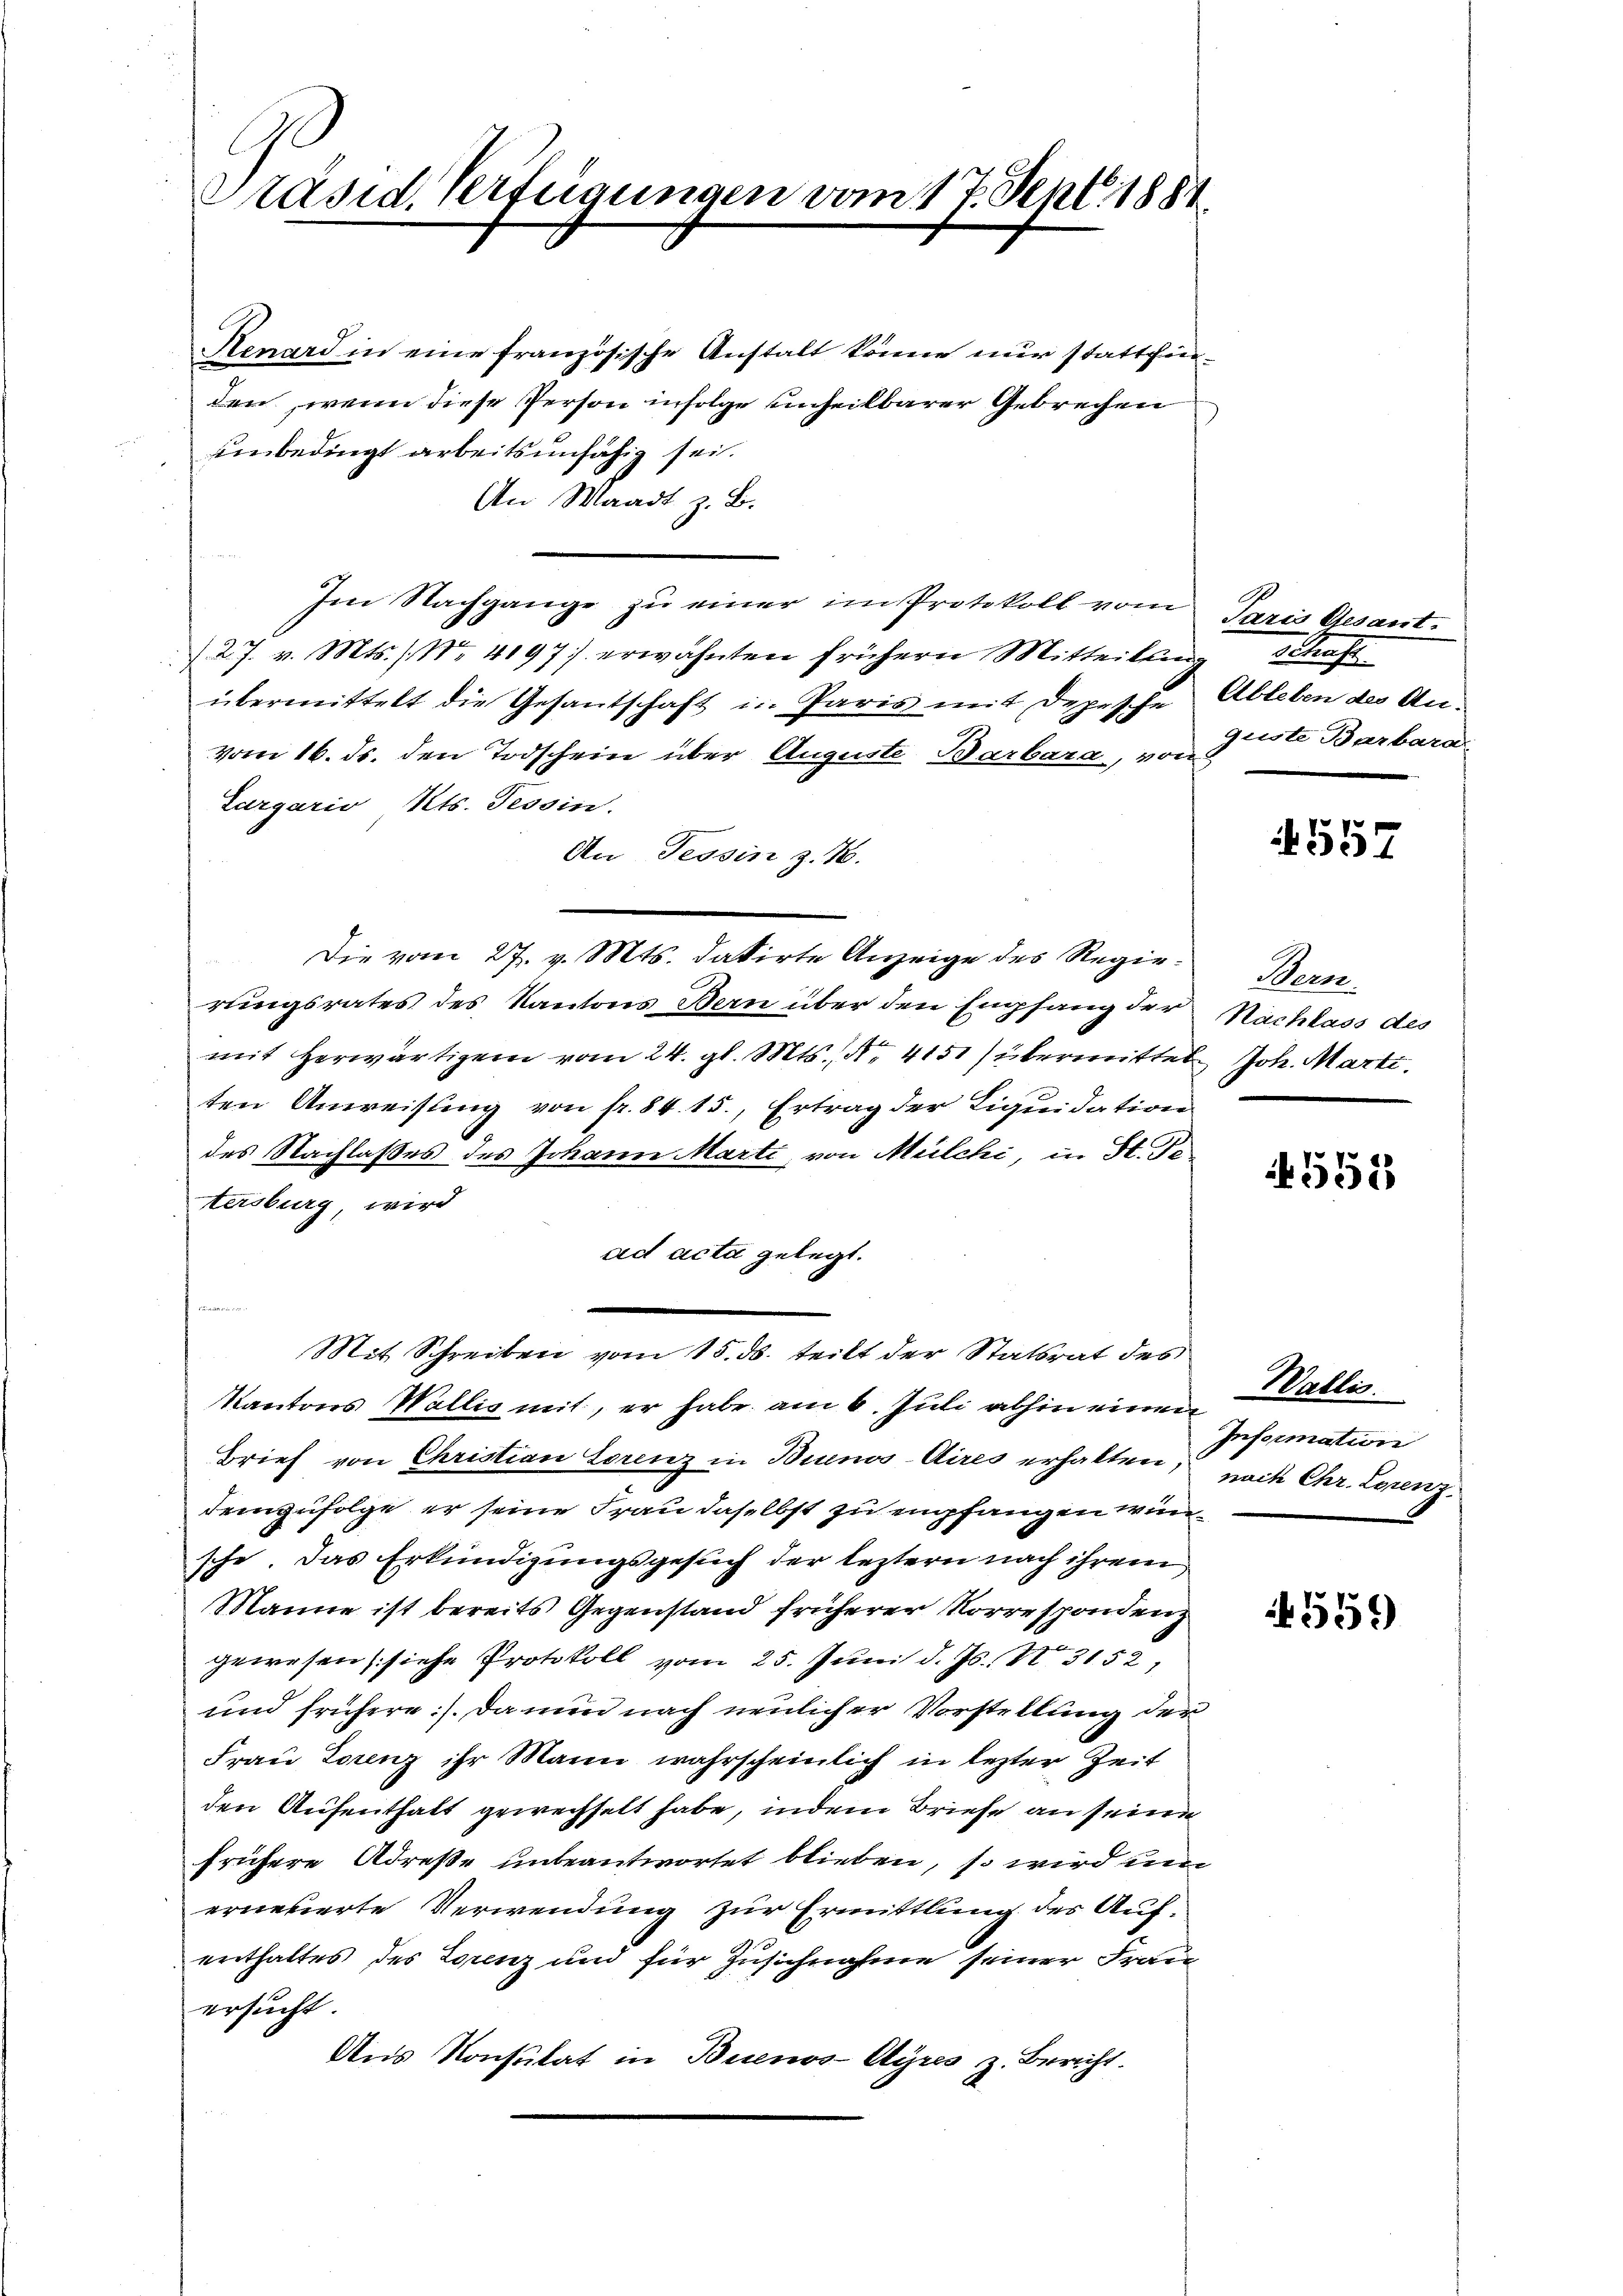
Präsid. Verfügungen vom 17 Sept. 1884.

Renard in eine französische Anstalt könne nur stattfinden, wenn diese Person infolge unheilbarer Gebrechen
einbedingt arbeitsunfähig sei.
An Waadt z. B.
Im Nachgange zu einer im Protokoll vom
/27. v. Mts. (Nr. 4197 erwähnten frühern Mitteilung schaft
übermittelt die Gesandschaft in Paris mit Depesche Ableben des Anvom 16. ds. den Todschein über Auguste Barbara, von
Gargario Mts. Tessin.
An Tessin z. B.
Die vom 27. v. Mts. datirte Anzeige des Regierlingsrates des Kantons Bern über den Empfang der
mit herwärtigem vom 24. gl. Mts., Nr. 4151) übermittel Joh. Marti
ten Anweisung von fr. 84. 15., Ertrag der Liquidation
des Nachlaßes des Johann Marti, von Mülchi, in St. Getersburg, wird
ad acta gelegt.
Mit Schreiben vom 15. ds. teilt der Statsrat des
Kantons Wallis mit, er habe am 6. Juli abhin einen
Brief von Christian Lorenz in Brunos-Aires erhalten,
demzufolge er seine Frau daselbst zu empfangen wünsche. Das Erkundigungsgesuch der leztern nach ihrem
Manne ist bereits Gegenstand früherer Norrespondenz
gewesen (siehe Protokoll vom 25. Juni d. Js. 1315
und frühere). Da nun nach neulicher Vorstellung der
Frau Lorenz ihr Mann wahrscheinlich in lezter Zeit
den Aufenthalt gewechselt habe, indem Briefe an seine
frühere Adresse unbeantwortet blieben, so wird um
erneuerte Verwendung zur Ermittlung des Auferthaltes des Lorenz und für Zusichnahme seiner Frau
ersucht.
Aus Konsulat in Buenos-Ayres z. Bericht.

Paris Gesant.
guste Barbara

1557

Hern.
Nachlass des

552

Wallis.
Information
nach Chr. Lorenz

559